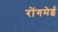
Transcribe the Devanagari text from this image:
रोंगमेई